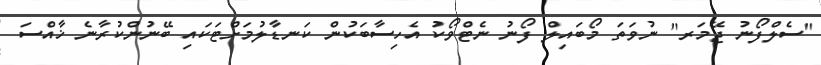
"ސެލްފޯނު ޖޭމަރ" ނުވަތަ މޯބައިލް ފޯނު ނެޓްވޯކު އެހިސާބަކުން ކަނޑާލުމަށްޓަކައި ބޭނުންކުރާނެ ޚާއްސަ